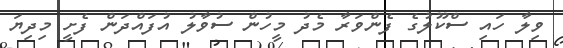
ވިލާ ހައި ސްކޫލުގެ ފެންވަރާ މެދު މީހުން ސުވާލު އުފައްދަން ފެށީ މިދިިިިިޔަ